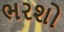
ભરશો